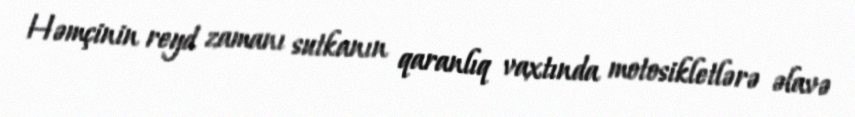
Həmçinin reyd zamanı sutkanın qaranlıq vaxtında motosikletlərə əlavə